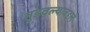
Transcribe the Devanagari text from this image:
तुडवल्याबद्दल